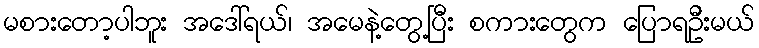
မစားတော့ပါဘူး အဒေါ်ရယ်၊ အမေနဲ့တွေ့ပြီး စကားတွေက ပြောရဦးမယ်